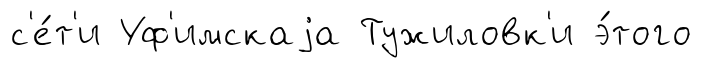
с'е́т'и Уф'имскаjа Тужиловк'и э́того